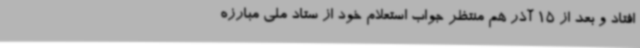
افتاد و بعد از 15 آذر هم منتظر جواب استعلام خود از ستاد ملی مبارزه